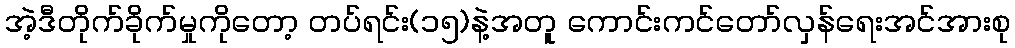
အဲ့ဒီတိုက်ခိုက်မှုကိုတော့ တပ်ရင်း(၁၅)နဲ့အတူ ကောင်းကင်တော်လှန်ရေးအင်အားစု